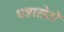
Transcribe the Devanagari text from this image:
धन्नासेठों